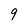
Character: 9